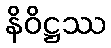
နိဝိဋ္ဌဿ